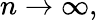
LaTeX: n\rightarrow\infty,